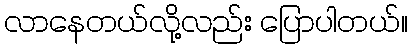
လာနေတယ်လို့လည်း ပြောပါတယ်။